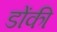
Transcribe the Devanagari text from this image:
डोंकी